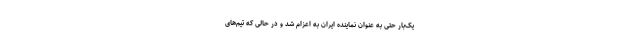
یک‌بار حتی به عنوان نماینده ایران به اعزام شد و در حالی که تیم‌های